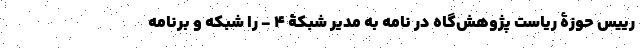
رییس حوزۀ ریاست پژوهش‌گاه در نامه به مدیر شبکۀ 4 - را شبکه و برنامه